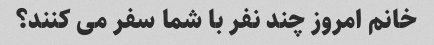
خانم امروز چند نفر با شما سفر می کنند؟